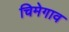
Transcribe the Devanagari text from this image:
चिमेगाव